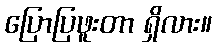
ပြောပြဖူးတာ ရှိလား။